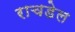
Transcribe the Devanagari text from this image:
राचडेल